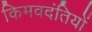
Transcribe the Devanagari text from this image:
किमवदंतियों